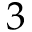
3